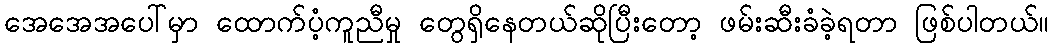
အေအေအပေါ်မှာ ထောက်ပံ့ကူညီမှု တွေရှိနေတယ်ဆိုပြီးတော့ ဖမ်းဆီးခံခဲ့ရတာ ဖြစ်ပါတယ်။